Annual report on the mental hospital in the Central Provinces and Berar (Nagpur) - 1927-1951
Year: 1927
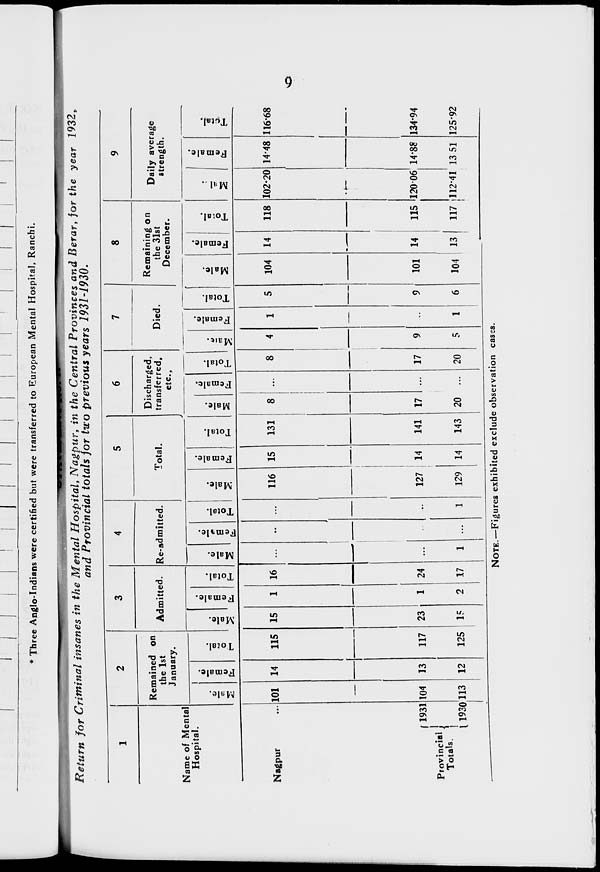
9
Return for Criminal insanes in the Mental Hospital, Nagpur in the Central Provinces and Berar, for the year 1932,
and Provincial totals for two previous years 1931-1930.
1
Name of Mental
Hospital.
Nagpur
...
Provincial
Totals.
1931
1930
2
Remained on
the 1st
January.
Male.
101
104
113
Female.
14
13
12
Total.
115
117
125
3
Admitted.
Male.
15
23
15
Female.
1
1
2
Total.
16
24
17
4
Re-admitted.
Male.
...
...
1
Female.
...
...
...
Total.
...
...
1
5
Total.
Male.
116
127
129
Female.
15
14
14
Total.
131
141
143
6
Discharged,
transferred,
etc.,
Male.
8
17
20
Female.
...
...
...
Total.
8
17
20
7
Died.
Male.
4
9
5
Female.
1
...
1
Total.
5
9
6
8
Remaining on
the 31st
December.
Male.
104
101
104
Female.
14
14
13
Total.
118
115
117
9
Daily average
strength.
Male.
102.20
120.06
112.41
Female.
14.48
14.88
13.51
Total.
116.68
134.94
125.92
NOTE.—Figures exhibited exclude observation cases.